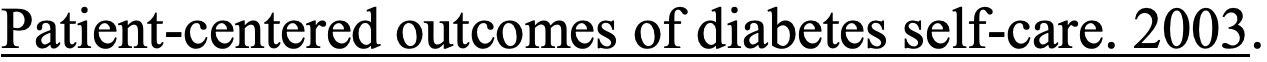
Patient-centered outcomes of diabetes self-care. 2003.